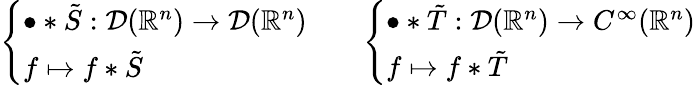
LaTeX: {\left\{ \begin{array}{ll}{\bullet\ast{\tilde{S}}:{\mathcal{D}}(\mathbb{R}^{n})\to{\mathcal{D}}(\mathbb{R}^{n})}\\ {f\mapsto f\ast{\tilde{S}}}\end{array}\right.}\qquad{\left\{ \begin{array}{ll}{\bullet\ast{\tilde{T}}:{\mathcal{D}}(\mathbb{R}^{n})\to C^{\infty}(\mathbb{R}^{n})}\\ {f\mapsto f\ast{\tilde{T}}}\end{array}\right.}